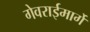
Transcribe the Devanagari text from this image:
गेवराईमार्गे